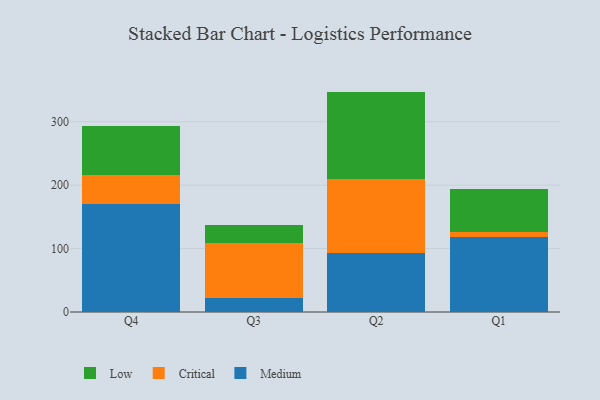
{"axis": {"x": "Quarter", "y": "Temperature (°C)"}, "legend": ["Critical", "Low", "Medium"], "data": [{"x": "Q4", "y": 170.6, "type": "Medium"}, {"x": "Q4", "y": 44.8, "type": "Critical"}, {"x": "Q4", "y": 77.8, "type": "Low"}, {"x": "Q3", "y": 21.9, "type": "Medium"}, {"x": "Q3", "y": 87.6, "type": "Critical"}, {"x": "Q3", "y": 27.6, "type": "Low"}, {"x": "Q2", "y": 92.8, "type": "Medium"}, {"x": "Q2", "y": 117.4, "type": "Critical"}, {"x": "Q2", "y": 137.3, "type": "Low"}, {"x": "Q1", "y": 118.6, "type": "Medium"}, {"x": "Q1", "y": 8.0, "type": "Critical"}, {"x": "Q1", "y": 67.2, "type": "Low"}]}